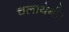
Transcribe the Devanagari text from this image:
चलायेगी।